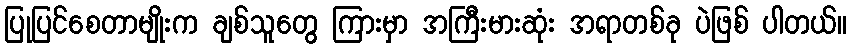
ပြုပြင်စေတာမျိုးက ချစ်သူတွေ ကြားမှာ အကြီးမားဆုံး အရာတစ်ခု ပဲဖြစ် ပါတယ်။